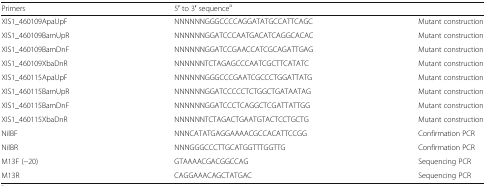
<table><thead><tr><td><b>Primers</b></td><td><b>5′ to 3′ sequence<sup>a</sup></b></td><td>[EMPTY_CELL]</td></tr></thead><tbody><tr><td>XIS1_460109ApaUpF</td><td>NNNNNNGGGCCCCAGGATATGCCATTCAGC</td><td>Mutant construction</td></tr><tr><td>XIS1_460109BamUpR</td><td>NNNNNNGGATCCCAATGACATCAGGCACAC</td><td>Mutant construction</td></tr><tr><td>XIS1_460109BamDnF</td><td>NNNNNNGGATCCGAACCATCGCAGATTGAG</td><td>Mutant construction</td></tr><tr><td>XIS1_460109XbaDnR</td><td>NNNNNNTCTAGAGCCCAATCGCTTCATATC</td><td>Mutant construction</td></tr><tr><td>XIS1_460115ApaUpF</td><td>NNNNNNGGGCCCGAATCGCCCTGGATTATG</td><td>Mutant construction</td></tr><tr><td>XIS1_460115BamUpR</td><td>NNNNNNGGATCCCCCTCTGGCTGATAATAG</td><td>Mutant construction</td></tr><tr><td>XIS1_460115BamDnF</td><td>NNNNNNGGATCCCTCAGGCTCGATTATTGG</td><td>Mutant construction</td></tr><tr><td>XIS1_460115XbaDnR</td><td>NNNNNNTCTAGACTGAATGTACTCCTGCTG</td><td>Mutant construction</td></tr><tr><td>NilBF</td><td>NNNCATATGAGGAAAACGCCACATTCCGG</td><td>Confirmation PCR</td></tr><tr><td>NilBR</td><td>NNNGGGCCCTTGCATGGTTTGGTTG</td><td>Confirmation PCR</td></tr><tr><td>M13F (−20)</td><td>GTAAAACGACGGCCAG</td><td>Sequencing PCR</td></tr><tr><td>M13R</td><td>CAGGAAACAGCTATGAC</td><td>Sequencing PCR</td></tr></tbody></table>